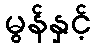
မွန်နှင့်